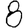
Digit: 8